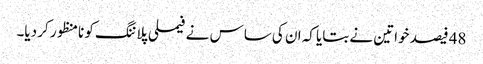
48 فیصد خواتین نے بتایا کہ ان کی ساس نے فیملی پلاننگ کو نامنظور کر دیا۔